Report of the Indian Hemp Drugs Commission, 1894-1895 - Volume V
Year: 1894
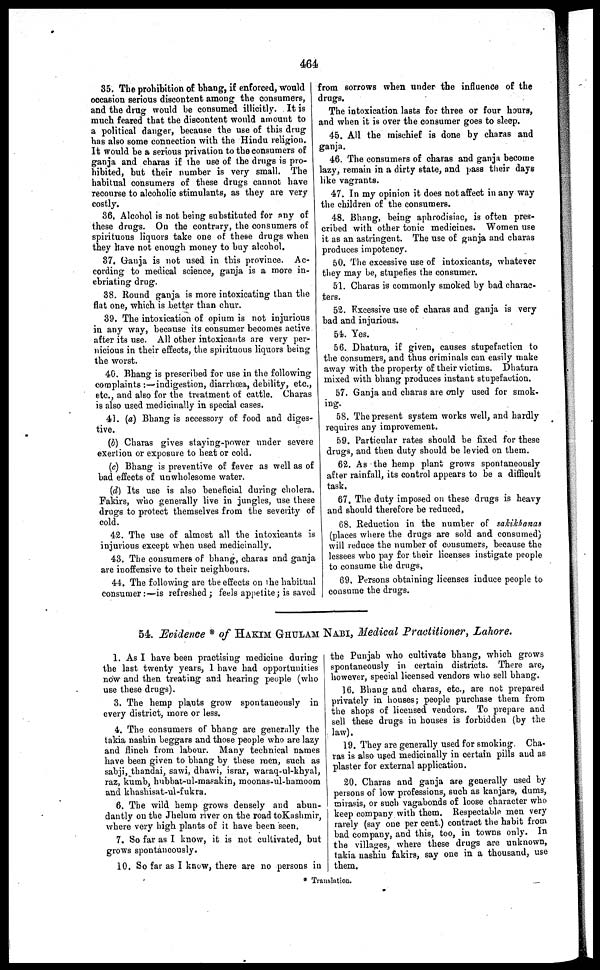
464
35. The prohibition of bhang, if enforced, would
occasion serious discontent among the consumers,
and the drug would be consumed illicitly. It is
much feared that the discontent would amount to
a political danger, because the use of this drug
has also some connection with the Hindu religion.
It would be a serious privation to the consumers of
ganja and charas if the use of the drugs is pro-
hibited, but their number is very small. The
habitual consumers of these drugs cannot have
recourse to alcoholic stimulants, as they are very
costly.
36. Alcohol is not being substituted for any of
these drugs. On the contrary, the consumers of
spirituous liquors take one of these drugs when
they have not enough money to buy alcohol.
37. Ganja is not used in this province. Ac-
cording to medical science, ganja is a more in-
ebriating drug.
38. Round ganja is more intoxicating than the
flat one, which is better than chur.
39. The intoxication of opium is not injurious
in any way, because its consumer becomes active
after its use. All other intoxicants are very per-
nicious in their effects, the spirituous liquors being
the worst.
40. Bhang is prescribed for use in the following
complaints :—indigestion, diarrhœa, debility, etc.,
etc., and also for the treatment of cattle. Charas
is also used medicinally in special cases.
41. (a) Bhang is accessory of food and diges-
tive.
(b) Charas gives staying-power under severe
exertion or exposure to heat or cold.
(c) Bhang is preventive of fever as well as of
bad effects of unwholesome water.
(d) Its use is also beneficial during cholera.
Fakirs, who generally live in jungles, use these
drugs to protect themselves from the severity of
cold.
42. The use of almost all the intoxicants is
injurious except when used medicinally.
43. The consumers of bhang, charas and ganja
are inoffensive to their neighbours.
44. The following are the effects on the habitual
consumer:—is refreshed; feels appetite; is saved
from sorrows when under the influence of the
drugs.
The intoxication lasts for three or four hours,
and when it is over the consumer goes to sleep.
45. All the mischief is done by charas and
ganja.
46. The consumers of charas and ganja become
lazy, remain in a dirty state, and pass their days
like vagrants.
47. In my opinion it does not affect in any way
the children of the consumers.
48. Bhang, being aphrodisiac, is often pres-
cribed with other tonic medicines. Women use
it as an astringent. The use of ganja and charas
produces impotency.
50. The excessive use of intoxicants, whatever
they may be, stupefies the consumer.
51. Charas is commonly smoked by bad charac-
ters.
52. Excessive use of charas and ganja is very
bad and injurious.
54. Yes.
56. Dhatura, if given, causes stupefaction to
the consumers, and thus criminals can easily make
away with the property of their victims. Dhatura
mixed with bhang produces instant stupefaction.
57. Ganja and charas are only used for smok-
ing.
58. The present system works well, and hardly
requires any improvement.
59. Particular rates should be fixed for these
drugs, and then duty should be levied on them.
62. As the hemp plant grows spontaneously
after rainfall, its control appears to be a difficult
task.
67. The duty imposed on these drugs is heavy
and should therefore be reduced,
68. Reduction in the number of sakikhanas
(places where the drugs are sold and consumed)
will reduce the number of consumers, because the
lessees who pay for their licenses instigate people
to consume the drugs,
69, Persons obtaining licenses induce people to
consume the drugs.
54. Evidence * of HAKIM GHULAM NABI, Medical Practitioner, Lahore.
1. As I have been practising medicine during
the last twenty years, I have had opportunities
now and then treating and bearing people (who
use these drugs).
3. The hemp plants grow spontaneously in
every district, more or less.
4. The consumers of bhang are generally the
takia nashin beggars and those people who are lazy
and flinch from labour. Many technical names
have been given to bhang by these men, such as
sabji, thandai, sawi, dhawi, israr, waraq-ul-khyal,
raz, kumb, hubbat-ul-ma?akin, moonas-ul-hamoom
and khashisat-ul-fukra.
6. The wild hemp grows densely and abun-
dantly on the Jhelum river on the road to Kushmir,
where very high plants of it have been seen.
7. So far as I know, it is not cultivated, but
grows spontaneously.
10. So far as I know, there are no persons in
the Punjab who cultivate bhang, which grows
spontaneously in certain districts. There are,
however, special licensed vendors who sell bhang.
16. Bhang and charas, etc., are not prepared
privately in houses; people purchase them from
the shops of licensed vendors. To prepare and
sell these drugs in houses is forbidden (by the
law).
19. They are generally used for smoking. Cha-
ras is also used medicinally in certain pills and as
plaster for external application.
20. Charas and ganja are generally used by
persons of low professions, such as kanjars, dums,
mirasis, or such vagabonds of loose character who
keep company with them. Respectable men very
rarely (say one per cent.) contract the habit from
bad company, and this, too, in towns only. In
the villages, where these drugs are unknown,
takia nashin fakirs, say one in a thousand, use
them.
* Translation.